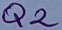
Text: Q2